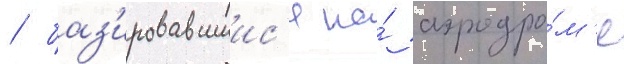
/ баз'ировавшиис'я на́ аэродро́м'е